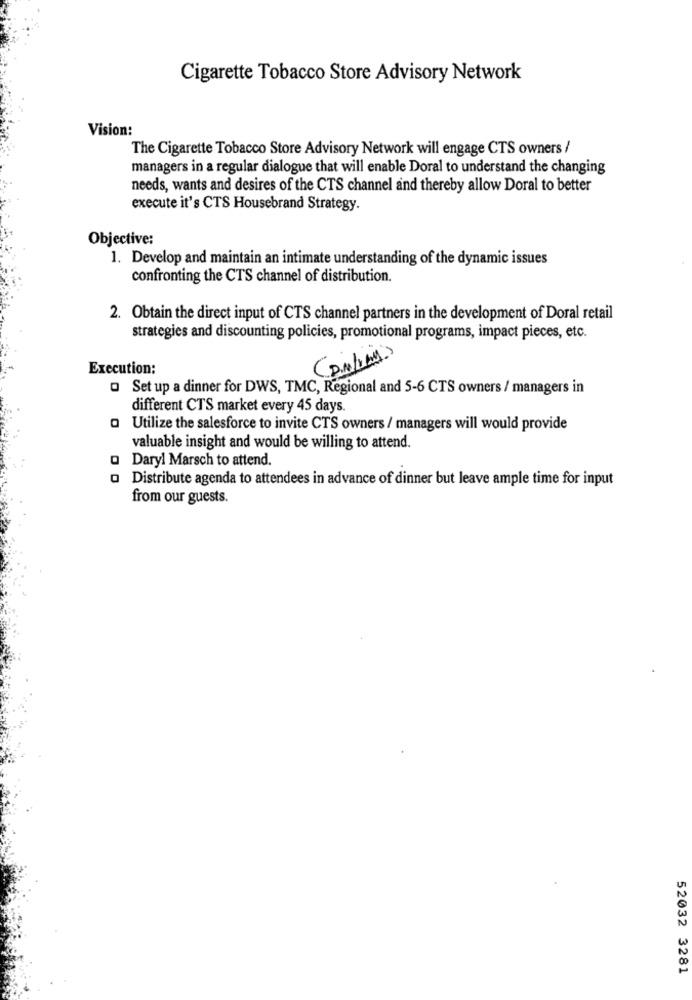
Cigarette Tobacco Store Advisory Network
Vision:
The Cigarette Tobacco Store Advisory Network will engage CTS owners /
managers in a regular dialogue that will enable Doral to understand the changing
needs, wants and desires of the CTS channel and thereby allow Doral to better
execute it's CTS Housebrand Strategy.
Objective:
1. Develop and maintain an intimate understanding of the dynamic issues
confronting the CTS channel of distribution.
2. Obtain the direct input of CTS channel partners in the development of Doral retail
strategies and discounting policies, promotional programs, impact pieces, etc.
(Dintym)
Execution:
Set up a dinner for DWS, TMC, Regional and 5-6 CTS owners / managers in
different CTS market every 45 days.
Utilize the salesforce to invite CTS owners / managers will would provide
valuable insight and would be willing to attend.
Daryl Marsch to attend.
o Distribute agenda to attendees in advance of dinner but leave ample time for input
from our guests.
52032 3281